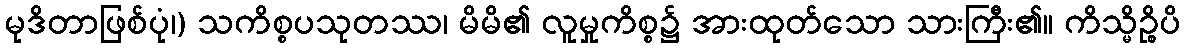
မုဒိတာဖြစ်ပုံ၊) သကိစ္စပသုတဿ၊ မိမိ၏ လူမှုကိစ္စ၌ အားထုတ်သော သားကြီး၏။ ကိသ္မိဉ္စိပိ